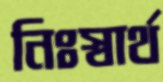
নিঃস্বার্থ